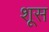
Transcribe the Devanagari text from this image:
शूस